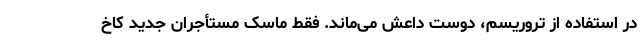
در استفاده از تروریسم، دوست داعش می‌ماند. فقط ماسک مستأجران جدید کاخ